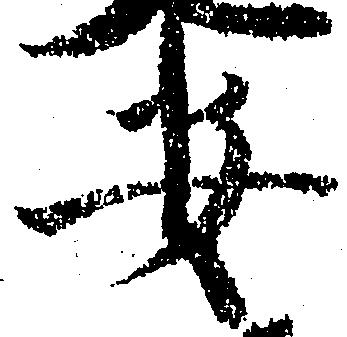
安